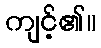
ကျင့်၏။